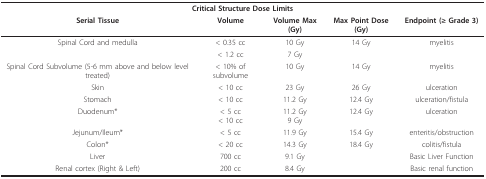
| <COLSPAN=5> Critical Structure Dose Limits |
 | Serial Tissue | Volume | Volume Max (Gy) | Max Point Dose (Gy) | Endpoint (≥ Grade 3) |
 | --- | --- | --- | --- | --- |
 | Spinal Cord and medulla | < 0.35 cc | 10 Gy | 14 Gy | myelitis |
 |  | < 1.2 cc | 7 Gy |  |  |
 | Spinal Cord Subvolume (5-6 mm above and below level treated) | < 10% of subvolume | 10 Gy | 14 Gy | myelitis |
 | Skin | < 10 cc | 23 Gy | 26 Gy | ulceration |
 | Stomach | < 10 cc | 11.2 Gy | 12.4 Gy | ulceration/fistula |
 | Duodenum* | < 5 cc< 10 cc | 11.2 Gy9 Gy | 12.4 Gy | ulceration |
 | Jejunum/Ileum* | < 5 cc | 11.9 Gy | 15.4 Gy | enteritis/obstruction |
 | Colon* | < 20 cc | 14.3 Gy | 18.4 Gy | colitis/fistula |
 | Liver | 700 cc | 9.1 Gy |  | Basic Liver Function |
 | Renal cortex (Right & Left) | 200 cc | 8.4 Gy |  | Basic renal function |